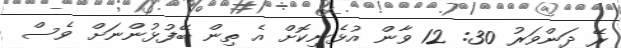
ރޭ ދަންވަރު 30: 12 ވާން އުޅެނިކޮށް އެ ތިން ބޭފުޅުންނަށް ވެސް